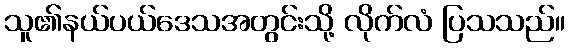
သူ၏နယ်ပယ်ဒေသအတွင်းသို့ လိုက်လံ ပြသသည်။